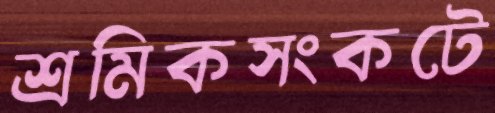
শ্রমিকসংকটে